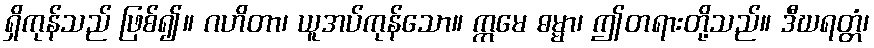
ရှိကုန်သည် ဖြစ်၍။ ဂဟိတာ၊ ယူအပ်ကုန်သော။ ဣမေ ဓမ္မာ၊ ဤတရားတို့သည်။ ဒီဃရတ္တံ၊